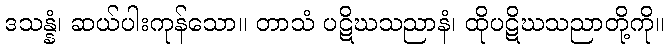
ဒသန္နံ၊ ဆယ်ပါးကုန်သော။ တာသံ ပဋိဃသညာနံ၊ ထိုပဋိဃသညာတို့ကို။